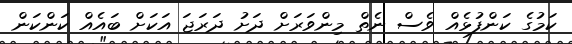
ކަމުގެ ކަންފުޅެއް ވެސް ނެތް މިންވަރަށް ދަށު ދަރަޖަ އަކަށް ބައެއް ކަންކަން